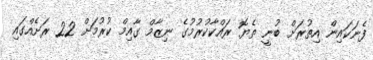
ފެނަކައިން އިތުރަށް ބުނީ ތެޔޮ ރައްކާކުރުމުގެ ނިޒާމް ގާއިމް ކުރުމަށް 22 ރަށެއްގައި